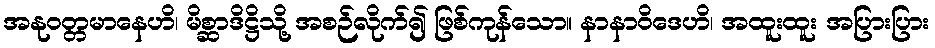
အနုဝတ္တမာနေဟိ၊ မိစ္ဆာဒိဋ္ဌိသို့ အစဉ်လိုက်၍ ဖြစ်ကုန်သော။ နာနာဝိဒေဟိ၊ အထူးထူး အပြားပြား